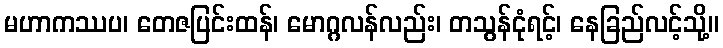
မဟာကဿပ၊ တေဇပြင်းထန်၊ မောဂ္ဂလန်လည်း၊ တသွန်ငုံရင့်၊ နေခြည်လင့်သို့။